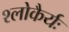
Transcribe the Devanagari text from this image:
श्लोकैर्यः